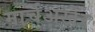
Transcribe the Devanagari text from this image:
मार्चअखेर